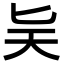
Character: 𪟩